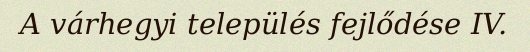
A várhegyi település fejlődése IV.